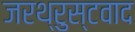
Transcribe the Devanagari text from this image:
जरथ्रुस्टवाद